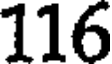
116